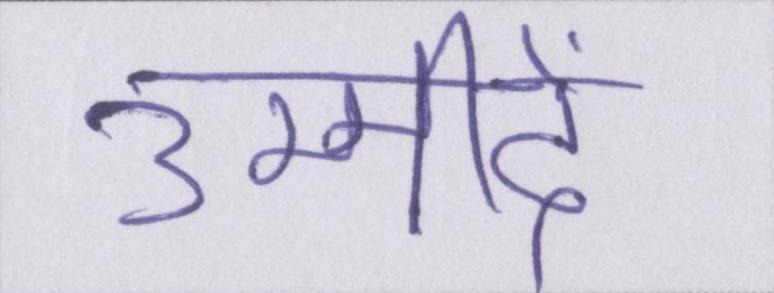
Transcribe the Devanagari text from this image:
उम्मीदें